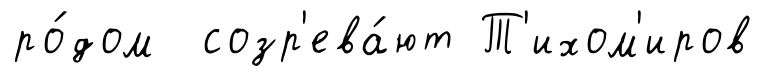
ро́дом созр'ева́ют Т'ихом'иров